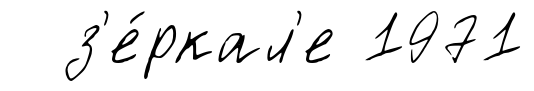
з'е́ркал'е 1971